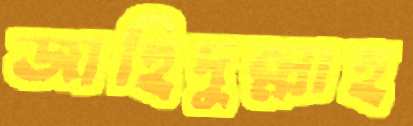
জাহিদুল্লাহ